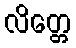
လိတ္တေ